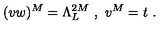
( v w ) ^ { M } = \Lambda _ { L } ^ { 2 M } \ , \ v ^ { M } = t \ .